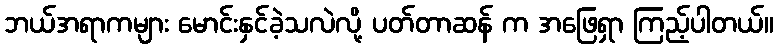
ဘယ်အရာကများ မောင်းနှင်ခဲ့သလဲလို့ ပတ်တာဆန် က အဖြေရှာ ကြည့်ပါတယ်။